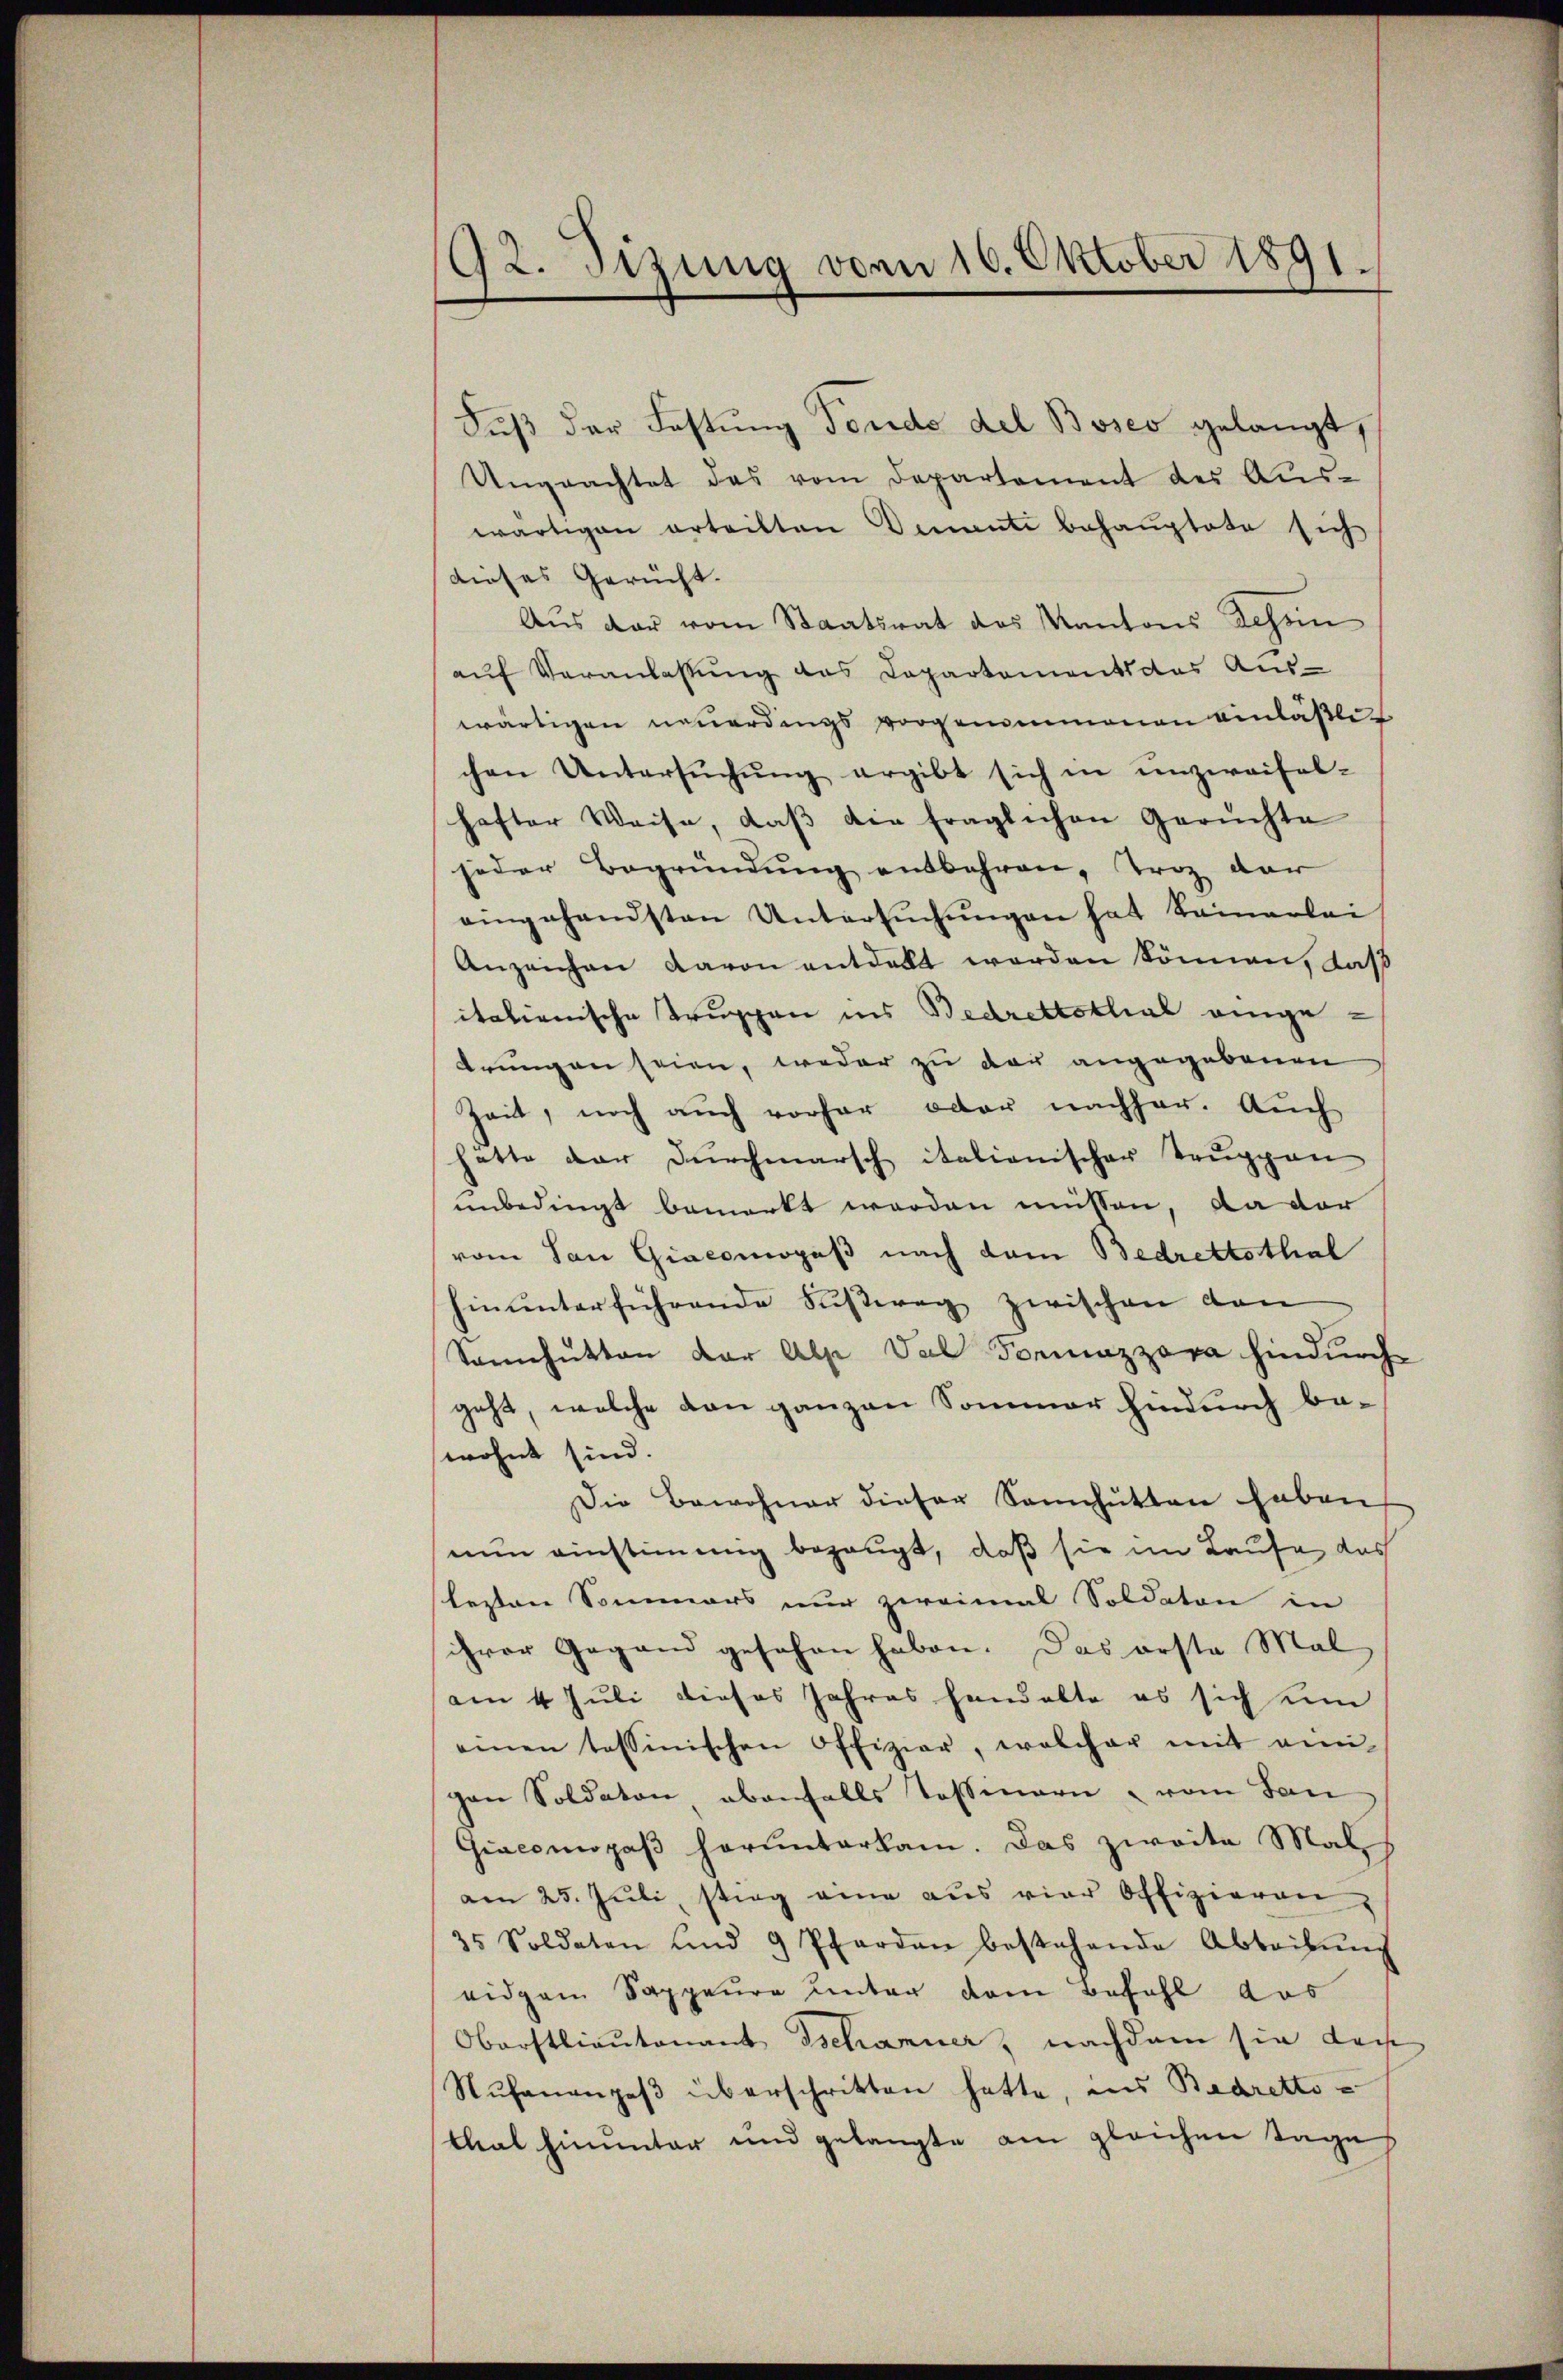
92. Sizung von 16. Oktober 1891.

Fuß der Fastung Tende del Bosco gelangt,
Ungeachtet das vom Departement des Aus-
wärtigen erteilten Demente behaŭptete sich
dieses Gericht.
Aus der vom Staatsrat des Kantons Schen
auf Veranlassung des Departements das Aus-
wärtigen neuerdings vorgenommenen einläßlich
chen Untersŭchŭng ergibt sich in unzweifel-
hafter Weise, daβ die fraglichen Geruchte
jeder Begründung entbehren, Troz dar
eingehandsten Untersŭchŭngen hat keinerlei
Anzeichen davon entdeckt werden können, daß
italienische Truppen ins Bedrettotal eingedrungen seien, weder zu der angegebenen
Zeit, noch auch vorher oder nachher. Auch
hätte dar Durchmarsch italienischer Truppen
unbedingt bemerkt werden müssen, da der
vom San Giacomopaß nach dem Bedrettothal
hinunterführende Fußweg zwischen kan
Sanhütten der Alpe Val Formazzara hindurch
geht, welche den ganzen Sommer hindurch bewohnt sind.
Die Bewohner dieser Sennhütten haben
nun einstimmig bezeugt, daß sie im Laufe das
lezten Sommers nur zweimal Soldaten in
ihrer Gegend gesehen haben. Das erste Mal
am 4. Juli dieses Jahres handelte es sich um
einen tessinischen Offizier, welcher mit ven-
gen Soldaten ebenfalls Tessinern vom San
Giacomopaß herunterkam. Das zweite Malh
am 25. Jŭli, stieg eine aŭs vier Offizieren
35 Soldaten und 9 Pferden bestehende Abteilŭng
eidgen Sappeure unter dem Befehl das
Oberstlieutenant Tschanner, nachdem sie das
Nŭhananzeβ überschritten hatte, in Bedretto-
tleat hinunter und gelangte am gleichen Tage